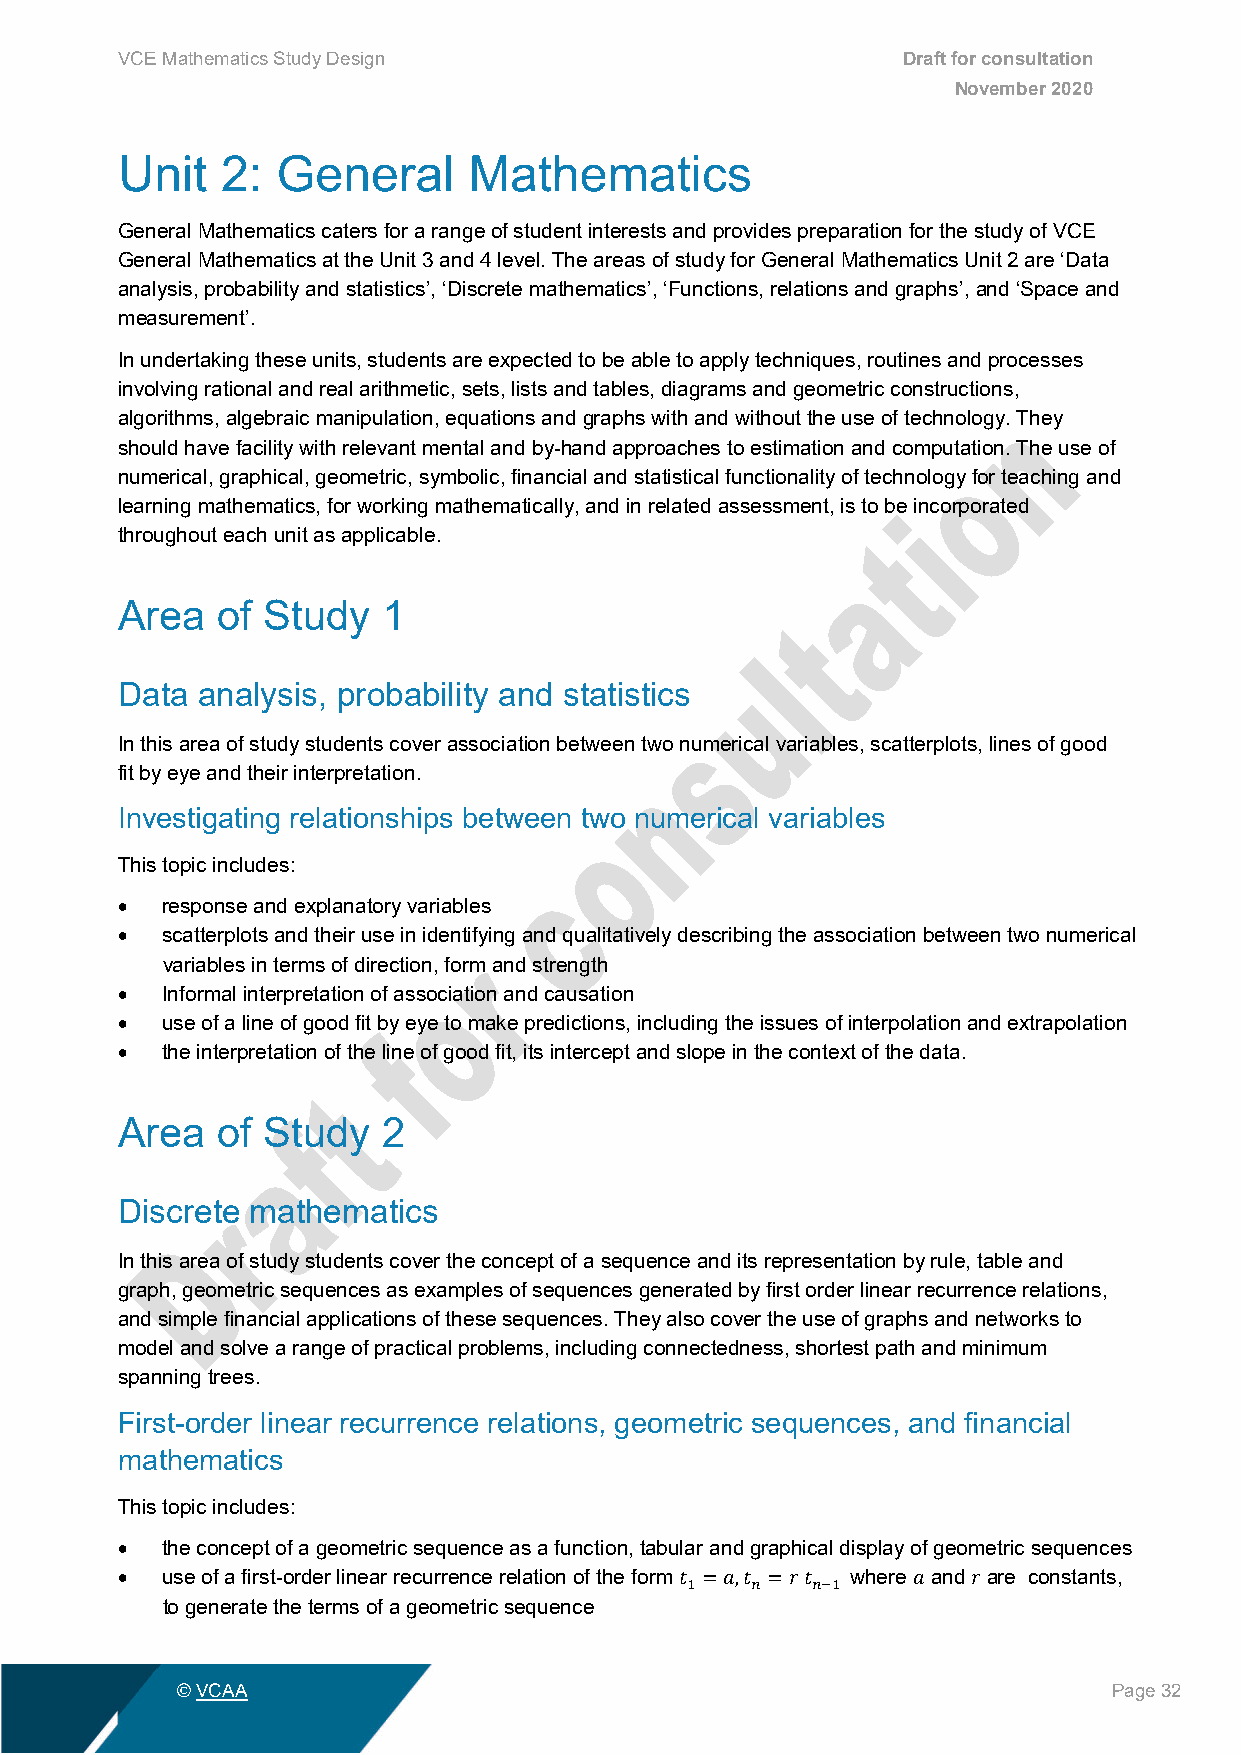
VCE Mathematics Study Design                        Draft for consultation
 November 2020
 Unit   2: General      Mathematics
 General Mathematics caters for a range of student interests and provides preparation for the study of VCE
 General Mathematics at the Unit 3 and 4 level. The areas of study for General Mathematics Unit 2 are ‘Data
 analysis, probability and statistics’, ‘Discrete mathematics’, ‘Functions, relations and graphs’, and ‘Space and
 measurement’.
 In undertaking these units, students are expected to be able to apply techniques, routines and processes
 involving rational and real arithmetic, sets, lists and tables, diagrams and geometric constructions,
 algorithms, algebraic manipulation, equations and graphs with and without the use of technology. They
 should have facility with relevant mental and by-hand approaches to estimation and computation. The use of
 numerical, graphical, geometric, symbolic, financial and statistical functionality of technology for teaching and
 learning mathematics, for working mathematically, and in related assessment, is to be incorporated
 throughout each unit as applicable.
 Area  of Study   1
 Data analysis, probability and statistics
 In this area of study students cover association between two numerical variables, scatterplots, lines of good
 fit by eye and their interpretation.
 Investigating relationships between two numerical variables
 This topic includes:
 •  response and explanatory variables
 •  scatterplots and their use in identifying and qualitatively describing the association between two numerical
 variables in terms of direction, form and strength
 •  Informal interpretation of association and causation
 •  use of a line of good fit by eye to make predictions, including the issues of interpolation and extrapolation
 •  the interpretation of the line of good fit, its intercept and slope in the context of the data.
 Area  of Study   2
 Discrete mathematics
 In this area of study students cover the concept of a sequence and its representation by rule, table and
 graph, geometric sequences as examples of sequences generated by first order linear recurrence relations,
 and simple financial applications of these sequences. They also cover the use of graphs and networks to
 model and solve a range of practical problems, including connectedness, shortest path and minimum
 spanning trees.
 First-order linear recurrence relations, geometric sequences, and financial
 mathematics
 This topic includes:
 •  the concept of a geometric sequence as a function, tabular and graphical display of geometric sequences
 •  use of a first-order linear recurrence relation of the form where and are constants,
 to generate the terms of a geometric sequence
 𝑡𝑡1 =𝑎𝑎,𝑡𝑡𝑛𝑛 =𝑟𝑟 𝑡𝑡𝑛𝑛−1 𝑎𝑎 𝑟𝑟
 © VCAA                                                        Page 32